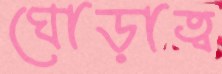
ঘোড়াত্ব